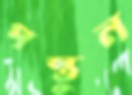
পস্তুন